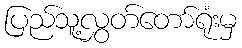
ပြည်သူ့လွှတ်တော်ရုံးမှ